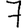
Digit: 7